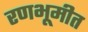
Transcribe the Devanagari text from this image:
रणभूमीत